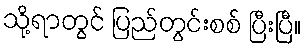
သို့ရာတွင် ပြည်တွင်းစစ် ပြီးပြီ။